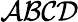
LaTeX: \mathcal{AB}\cal{CD}